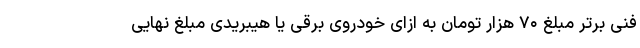
فنی برتر مبلغ ۷۰ هزار تومان به ازای خودروی برقی یا هیبریدی مبلغ نهایی